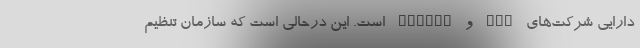
دارایی شرکت‌های FCP و SERVCO است. این درحالی است که سازمان تنظیم